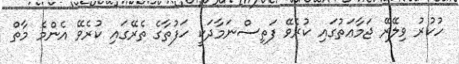
ހުކުރު ވިލޭރޭ ޖަމާޢަތުގައި ކުރެވޭ ފަތިސްނަމާދަކީ ހަފުތާގެ ތެރޭގައި ކުރެވޭ އެންމެ މާތް